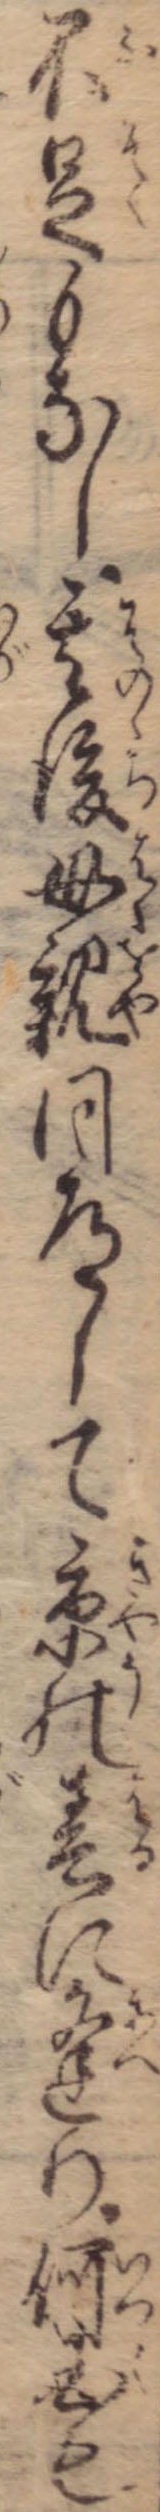
不足もなし其後母親同道して京の春に逢り何国も